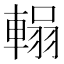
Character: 𮝞